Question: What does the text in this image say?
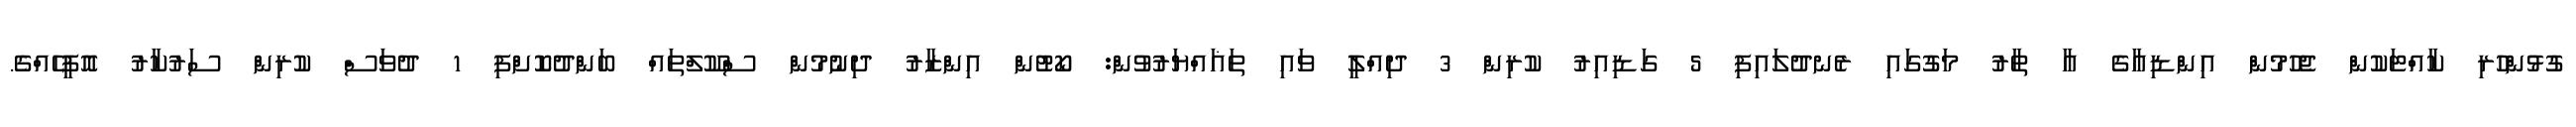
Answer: ގުޅުންހުރި ކާއްޓަކުން ޖެހުމުން އިންޑިއާގެ އާ ތާރު މަގުގައި ރެނދުލައިފި 5 ގަޑިއިރު ކުރިން 3 ދިއްލީ ވައި ތަޣައްޔަރުވުން: ކޯޓުން އިންޒާރު ދިނުމުން ސްކޫލްތައް ބަންދުކޮށްފި 1 ދުވަސް ކުރިން ސަރުކާރު އޮފީހެއްގެ.